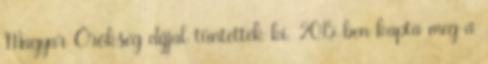
Magyar Örökség díjjal tüntették ki. 2015-ben kapta meg a